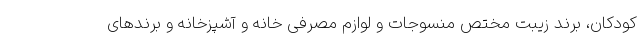
کودکان، برند زیبت مختص منسوجات و لوازم مصرفی خانه و آشپزخانه و برندهای